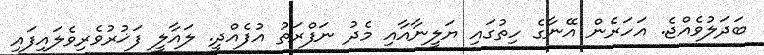
ބަދަލުވެއްޖެ. އަހަރެން އޭނާގެ ހިތުގައި ޔަލީނާއާއި މެދު ނަފްރަތު އުފެއްދީ. ލައާލީ ފަޚުރުވެރިވެލައިފައި